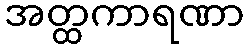
အတ္ထကာရဏာ